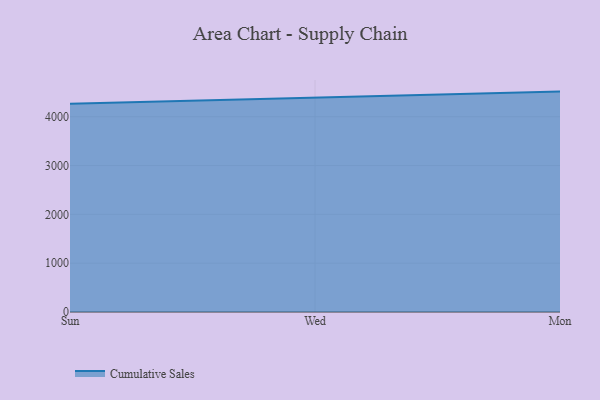
{"axis": {"x": "Day", "y": "LTV (USD)"}, "legend": ["Cumulative Sales"], "data": [{"x": "Sun", "y": 4266.8, "type": "Cumulative Sales"}, {"x": "Wed", "y": 4385.7, "type": "Cumulative Sales"}, {"x": "Mon", "y": 4514.3, "type": "Cumulative Sales"}]}